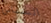
السباتي